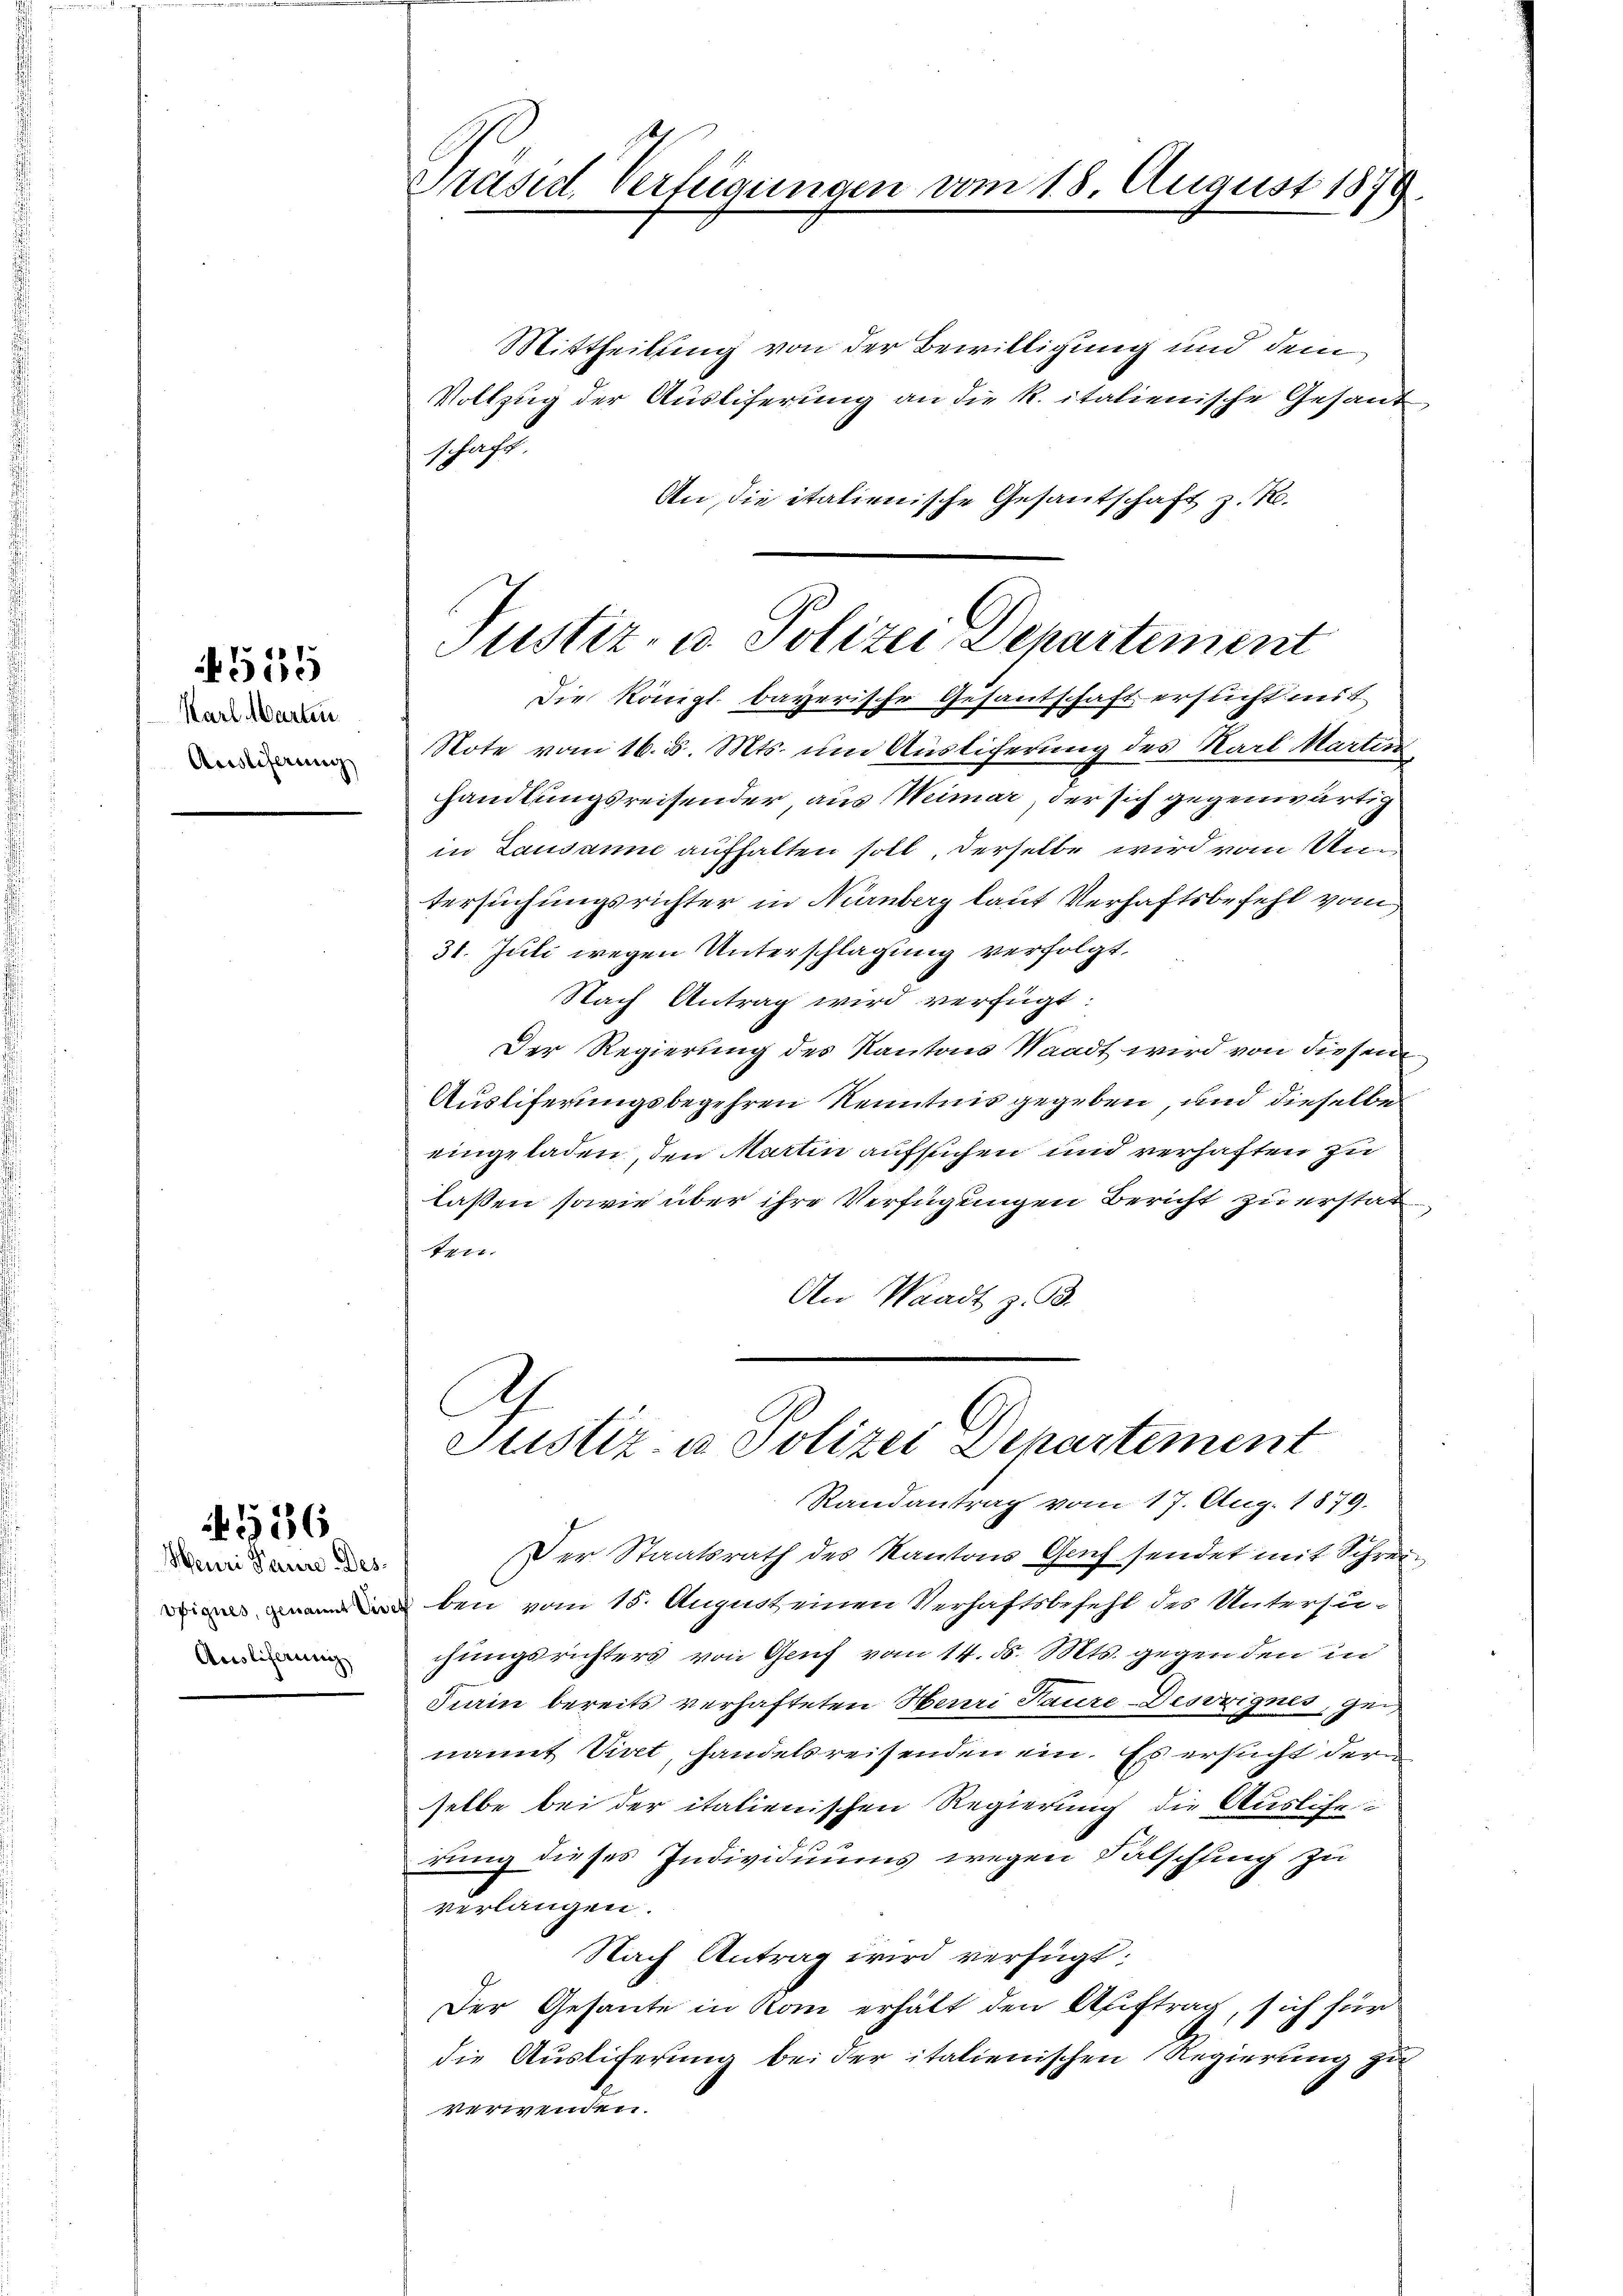
515

Karl Marten.
Auslieferung

Meuri Paure Des¬
Ausliferung

586

Präsid. Verfügungen vom 18. August 1879.
2

Mittheilung von der Bewilligung und dem
Vollzug der Ausliferung an die R. italienische Gesand
schaft.
An, die italienische Gesantschaft z. T.
Die Königl. bayerische Gesantschaft erflicht mit
Note vom 16. d. Mts. um Ausliferung des Karl Martin
handlungsreisender, aus Weimar, der sich gegenwärtig
in Lausanne aufhalten soll, derselbe wird vom Untersuchungsrichter in Nürnberg laut Verhaftsbefehl vom
31. Juli wegen Unterschlagung verfolgt.
Nach Antrag wird verfügt:
Der Regierung des Kantons Waadt wird von diesem
Ausliferungsbegehren Kenntnis gegeben, und dieselbe
eingeladen, den Martin aufsuchen und verhaften zu
lassen sowie über ihre Verfügungen Bericht zu erstat
ten.
An Waadt z. B.

Justiz- u. Polizei, Departement

Justiz- u Polizei Departement
Randantrag vom 17. Aug. 1879.
Der Staatsrath des Kantons Genf sendet mit Schrei¬

ben vom 15. August einen Verhaftsbefehl des Untersu-
chungsrichters von Genf vom 14. d. Mts. gegen den in
Kain bereits verhafteten Harri Taure-Desseignes, geinannt Viret, handelsreisenden ein. Es ersucht der
selbe bei der italienischen Regierung die Auslieferung dieses Individuums wegen Falschling zu
verlangen.
Nach Antrag wird verfügt:
Der Gesante in Rom erhält den Auftrag, sich für
die Ausliferung bei der italienischen Regierung zu
44 einen.